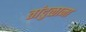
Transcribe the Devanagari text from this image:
तांदुळाना